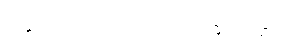
ဒွေသဟာယက ဘိက္ခုဝတ္ထု။